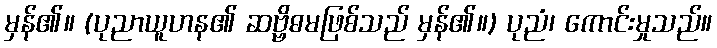
မှန်၏။ (ပုညာယူဟန၏ ဆဗ္ဗိဓမဖြစ်သည် မှန်၏။) ပုညံ၊ ကောင်းမှုသည်။